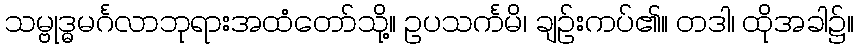
သမ္ဗုဒ္ဓမင်္ဂလာဘုရားအထံတော်သို့။ ဥပသင်္ကမိ၊ ချဉ်းကပ်၏။ တဒါ၊ ထိုအခါ၌။